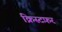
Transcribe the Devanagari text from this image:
क्रिस्टफ़र